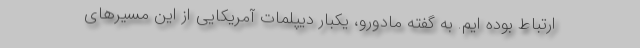
ارتباط بوده ایم. به گفته مادورو، یکبار دیپلمات آمریکایی از این مسیرهای